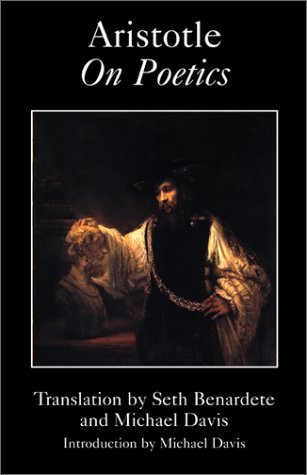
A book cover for Aristotle On Poetics; Aristotle; Literature & Fiction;